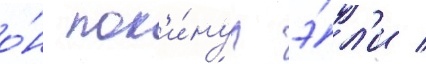
о́н пок'и́нул э́л'и /